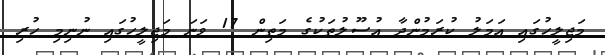
މަޖިލީހުގައި އަމަލު ކުރަމުންދާ އުސޫލުތަކުގެ މަތިން 17 ވަނަ މަޖިލީހުގައި ނުނިމި ހުރި